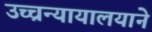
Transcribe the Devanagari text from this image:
उच्चन्यायालयाने